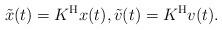
LaTeX: \begin{align*} \tilde{x}(t)= K^\textup{H} x(t),\tilde{v}(t)= K^\textup{H} v(t). \end{align*}